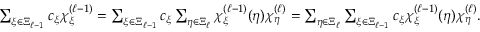
\begin{array} { r } { \sum _ { \xi \in \Xi _ { \ell - 1 } } c _ { \xi } \chi _ { \xi } ^ { ( \ell - 1 ) } = \sum _ { \xi \in \Xi _ { \ell - 1 } } c _ { \xi } \sum _ { \eta \in \Xi _ { \ell } } \chi _ { \xi } ^ { ( \ell - 1 ) } ( \eta ) \chi _ { \eta } ^ { ( \ell ) } = \sum _ { \eta \in \Xi _ { \ell } } \sum _ { \xi \in \Xi _ { \ell - 1 } } c _ { \xi } \chi _ { \xi } ^ { ( \ell - 1 ) } ( \eta ) \chi _ { \eta } ^ { ( \ell ) } . } \end{array}